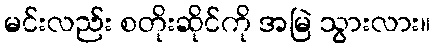
မင်းလည်း စတိုးဆိုင်ကို အမြဲ သွားလား။